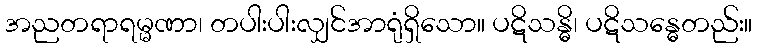
အညတရာရမ္မဏာ၊ တပါးပါးလျှင်အာရုံရှိသော။ ပဋိသန္ဓိ၊ ပဋိသန္ဓေတည်း။